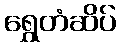
ရွှေတံဆိပ်